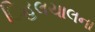
િહલચાલના